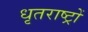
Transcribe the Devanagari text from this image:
धृतराष्ट्रों